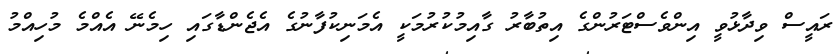
ރައީސް ވިދާޅުވީ އިންވެސްޓަރުންގެ އިތުބާރު ގާއިމުކުުރުމަކީ އެމަނިކުފާނުގެ އެޖެންޑާގައި ހިމެނޭ އެެއްމެ މުހިއްމު